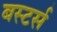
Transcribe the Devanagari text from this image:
बस्टर्स